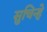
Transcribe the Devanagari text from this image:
सुचिन्हे